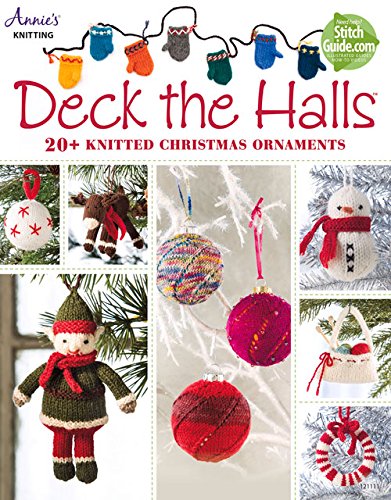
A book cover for Deck the Halls: 20+ Knitted Christmas Ornaments; Annie's; Crafts, Hobbies & Home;